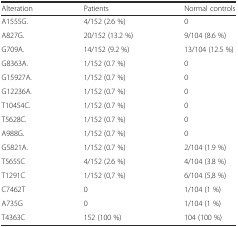
| Alteration | Patients | Normal controls |
 | --- | --- | --- |
 | A1555G. | 4/152 (2.6 %) | 0 |
 | A827G. | 20/152 (13.2 %) | 9/104 (8.6 %) |
 | G709A. | 14/152 (9.2 %) | 13/104 (12.5 %) |
 | G8363A. | 1/152 (0.7 %) | 0 |
 | G15927A. | 1/152 (0.7 %) | 0 |
 | G12236A. | 1/152 (0.7 %) | 0 |
 | T10454C. | 1/152 (0.7 %) | 0 |
 | T5628C. | 1/152 (0.7 %) | 0 |
 | A988G. | 1/152 (0.7 %) | 0 |
 | G5821A. | 1/152 (0.7 %) | 2/104 (1.9 %) |
 | T5655C | 4/152 (2.6 %) | 4/104 (3.8 %) |
 | T1291C | 1/152 (0,7 %) | 6/104 (5,8 %) |
 | C7462T | 0 | 1/104 (1 %) |
 | A735G | 0 | 1/104 (1 %) |
 | T4363C | 152 (100 %) | 104 (100 %) |